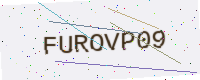
Text: FUROVP09